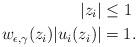
LaTeX: \begin{align*} |z_i|&\leq1 \\ w_{\epsilon,\gamma}(z_i) |u_i(z_i)|&=1.\end{align*}